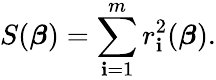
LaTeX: S({\boldsymbol{\beta}})=\sum_{\mathbf{i}=1}^{m}r_{\mathbf{i}}^{2}({\boldsymbol{\beta}}).